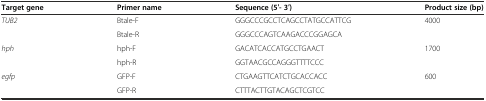
<table><thead><tr><td><b>Target gene</b></td><td><b>Primer name</b></td><td><b>Sequence (5′- 3′)</b></td><td><b>Product size (bp)</b></td></tr></thead><tbody><tr><td><i>TUB2</i></td><td>Btale-F</td><td>GGGCCCGCCTCAGCCTATGCCATTCG</td><td rowspan="2">4000</td></tr><tr><td>[EMPTY_CELL]</td><td>Btale-R</td><td>GGGCCCAGTCAAGACCCGGAGCA</td></tr><tr><td><i>hph</i></td><td>hph-F</td><td>GACATCACCATGCCTGAACT</td><td rowspan="2">1700</td></tr><tr><td>[EMPTY_CELL]</td><td>hph-R</td><td>GGTAACGCCAGGGTTTTCCC</td></tr><tr><td><i>egfp</i></td><td>GFP-F</td><td>CTGAAGTTCATCTGCACCACC</td><td rowspan="2">600</td></tr><tr><td>[EMPTY_CELL]</td><td>GFP-R</td><td>CTTTACTTGTACAGCTCGTCC</td></tr></tbody></table>